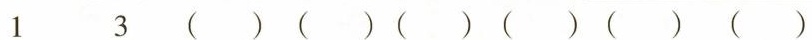
1 3 ()()()()()()